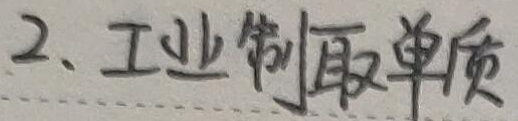
2. 工业制取单质